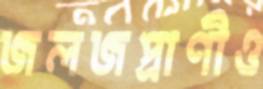
জলজপ্রাণীও